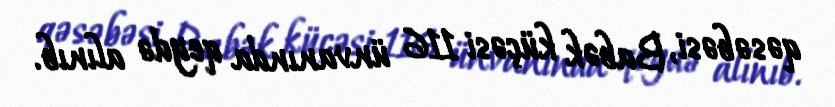
qəsəbəsi, Babək küçəsi 116 ünvanında qeydə alınıb.